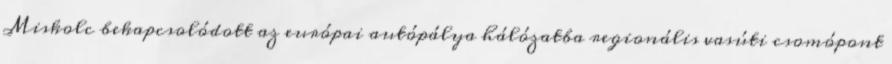
Miskolc bekapcsolódott az európai autópálya hálózatba regionális vasúti csomópont